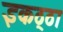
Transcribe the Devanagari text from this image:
इकठ्‍ठा